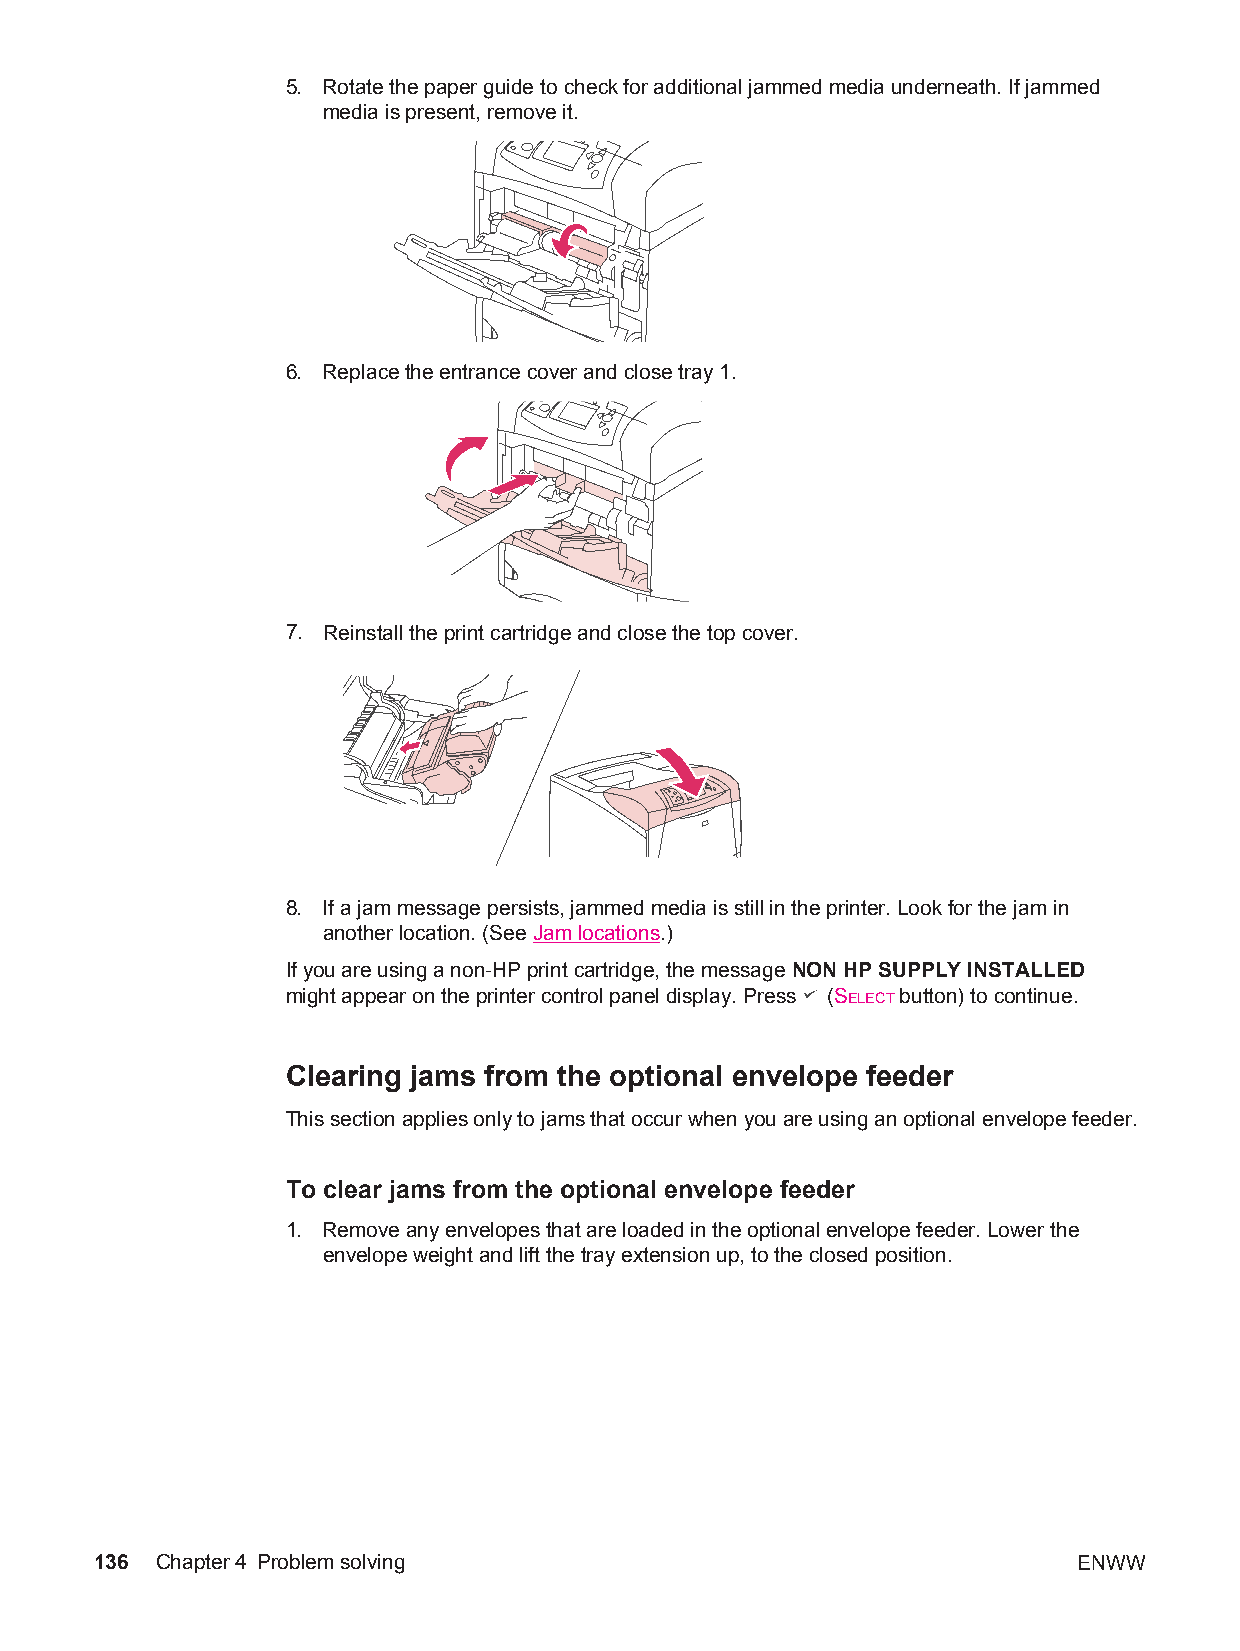
5. Rotate the paper guide to check for additional jammed media underneath. If jammed
 media is present, remove it.
 6. Replace the entrance cover and close tray 1.
 7. Reinstall the print cartridge and close the top cover.
 8. If a jam message persists, jammed media is still in the printer. Look for the jam in
 another location. (See Jam locations.)
 If you are using a non-HP print cartridge, the message NON HP SUPPLY INSTALLED
 might appear on the printer control panel display. Press (SELECT button) to continue.
 Clearing jams from the optional envelope feeder
 This section applies only to jams that occur when you are using an optional envelope feeder.
 To clear jams from the optional envelope feeder
 1. Remove any envelopes that are loaded in the optional envelope feeder. Lower the
 envelope weight and lift the tray extension up, to the closed position.
 136 Chapter4 Problem solving                                     ENWW